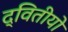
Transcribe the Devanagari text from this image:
द्वितीयो